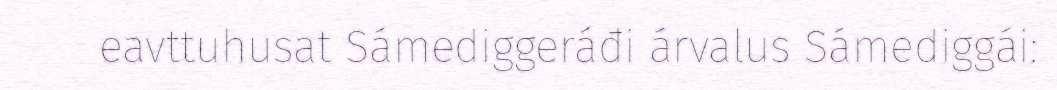
eavttuhusat Sámediggeráđi árvalus Sámediggái: